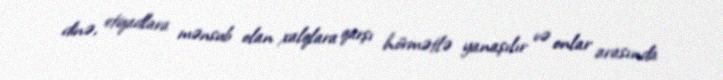
dinə, etiqadlara mənsub olan xalqlara qarşı hörmətlə yanaşılır və onlar arasında